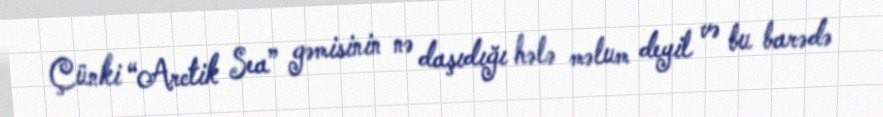
Çünki “Arctik Sea” gəmisinin nə daşıdığı hələ məlum deyil və bu barədə